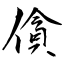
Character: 僋